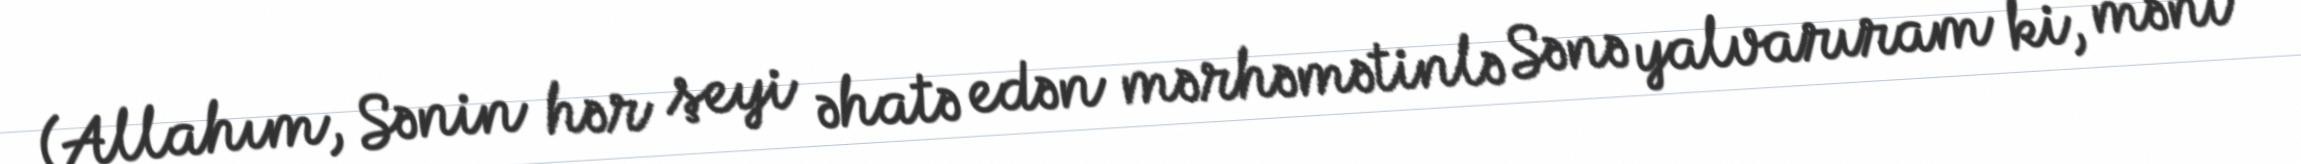
(Allahım, Sənin hər şeyi əhatə edən mərhəmətinlə Sənə yalvarıram ki, məni